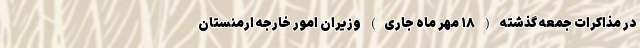
در مذاکرات جمعه گذشته ( ۱۸ مهر ماه جاری) وزیران امور خارجه ارمنستان